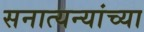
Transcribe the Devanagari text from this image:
सनात्यन्यांच्या